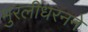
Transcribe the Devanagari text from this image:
मुरलीधरनने